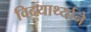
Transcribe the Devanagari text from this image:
विदयार्थ्‍याने